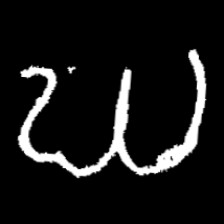
Pyu character \u2014 Myanmar letter: ဃ (romanized: gha)